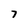
Character: 7